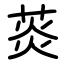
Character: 菼